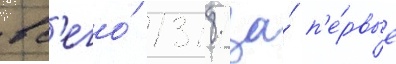
вс'его́ 1318 за́ п'е́рвые